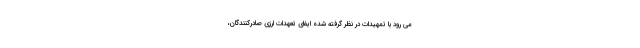
می رود با تمهیدات در نظر گرفته شده ایفای تعهدات ارزی صادرکنندگان،